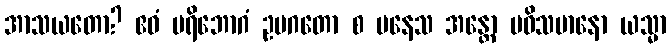
အာသယတော? ဧဝံ ပရိဘောဂံ ဥပဂတော စ ပနေသ အန္တော ပဝိသမာနော ယသ္မာ